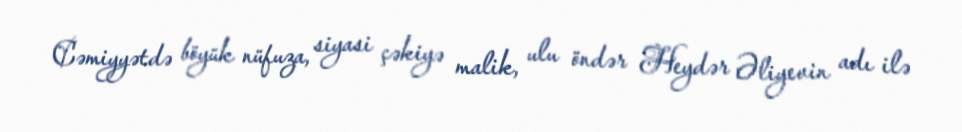
Cəmiyyətdə böyük nüfuza, siyasi çəkiyə malik, ulu öndər Heydər Əliyevin adı ilə